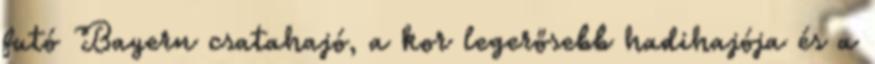
futó Bayern csatahajó, a kor legerősebb hadihajója és a